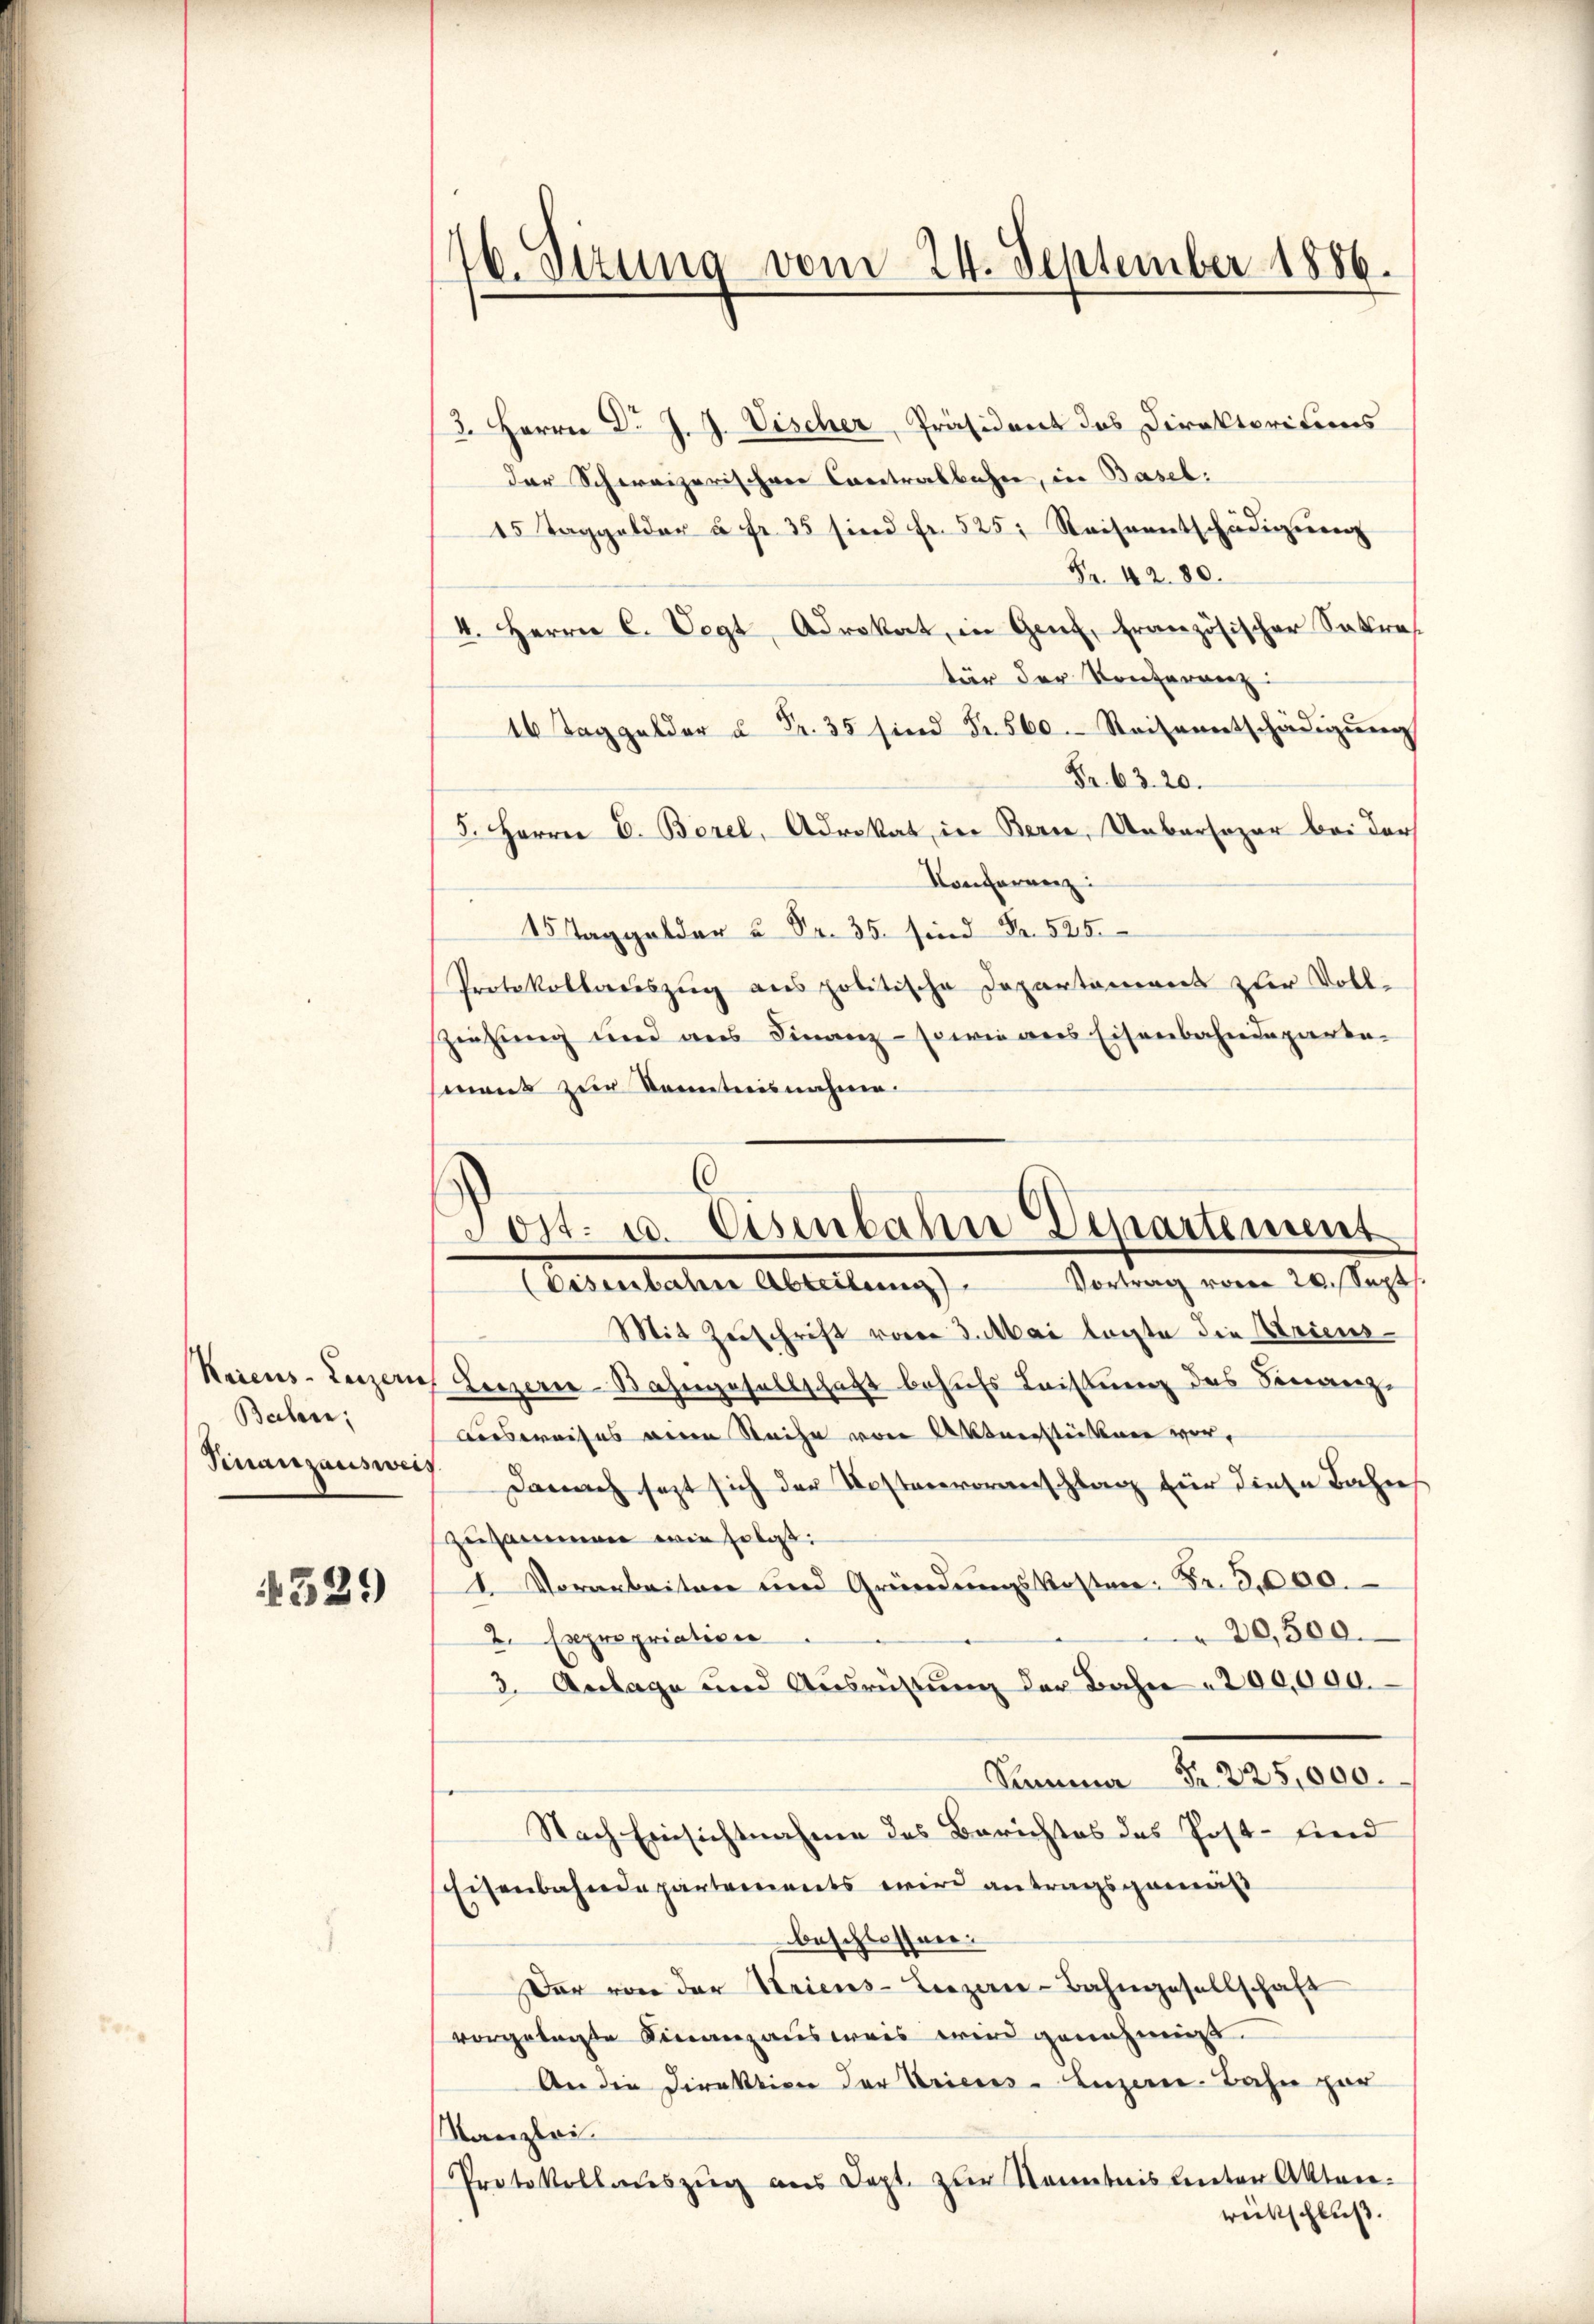
Kriens. Luzern
Baben;
Finanzausweis

339

76. Setzung vom 24. September 1856.

(
Sost. u. Eisenbahn Departement
Eisenbahn Abteilen Vortrag vom 20. Sept.

3. Herrn Dr. J. J. Vischer, Präsident das Direktoritums
der Schweizerischen Contralbahne, in Basel:
15 Taggelder à Fr. 35 sind fr. 525: Reiseentschädigung
Fr. 42. 80.
4. Herrn C. Vogt, Advokat, in Genf, französischer Sakres
tär der Konferenz
. Reiseentschädigŭng
Fr. 63. 20.
5. Herrn E. Borel, Advokat in Bern, Uebersogar bei der
Konferenz
15 Taggelder u Fr. 35 sind Fr. 525.
Protokollauszug aus politische Departement zur Voll-
Zziehung und aus Finanz- sowie aus Eisenbahndepartemant zur Kenntnisnahme.
Mit Zuschrift vom 3. Mai legte die Ariens¬
Luzern Bahngesellschaft behufs Leistung des Finanz-
Ausweises anen Reihe von Aktnerstückenen war,
Danach sezt sich der Kostenvoranschlag für diese Bahn
zusammen wie folgt:
1. Vorarbeiten und Gründŭngskosten: Fr. 3000.
20,500.
2. Expropriativer
3. Anlage und Aŭsrüβŭng der Bahn 200,000.
S  225,000.
Nach Einsichtnahme des Berichtes des Post- sind
Eisenbahndepartements wird antragsgemeis
beschlossen:
Der von der Kriens-Liezen-Bahngesellschaft
vorgelegte Finanzausweis wird genehmigt.
An die Direktion der Kricus - Luzern Bahn par
Kanzlei.
Protokollauszug aus Dept. zur Kenntnis unter Akten-
weckschluß.